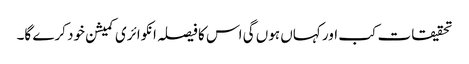
تحقیقات کب اور کہاں ہوں گی اس کا فیصلہ انکوائری کمیشن خود کرے گا۔